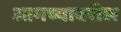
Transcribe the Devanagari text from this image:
आमच्यावरील